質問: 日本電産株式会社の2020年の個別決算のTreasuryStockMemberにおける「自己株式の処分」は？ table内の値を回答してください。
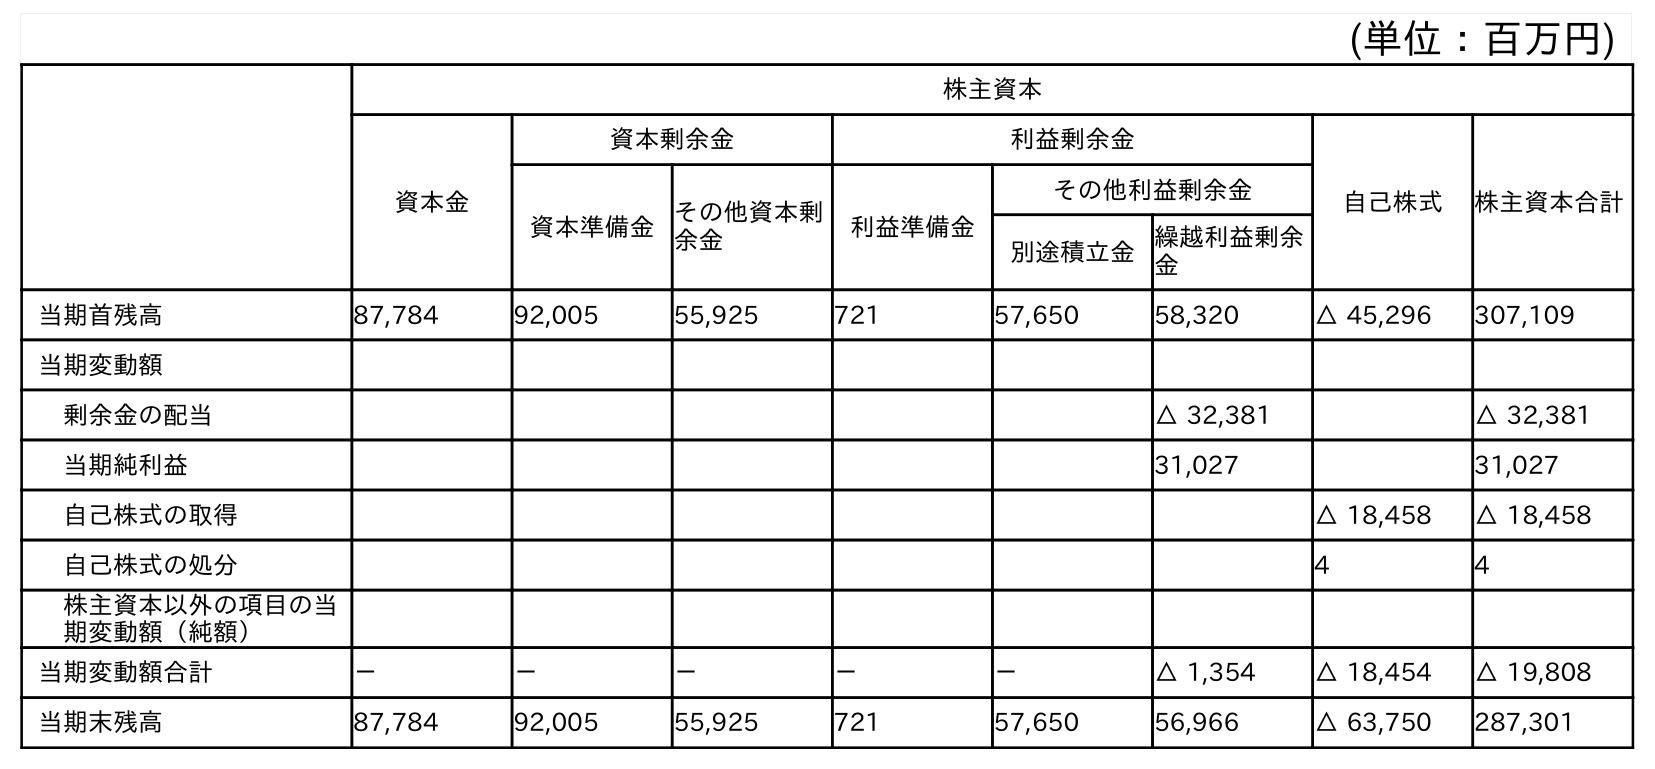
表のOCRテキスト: (単位：百万円) 株主資本 資本金 資本剰余金 利益剰余金 自己株式 株主資本合計 資本準備金その他資本剰 余金 利益準備金 その他利益剰余金 別途積立金繰越利益剰余 金 当期首残高 87,784 92,005 55,925 721 57,650 58,320 △ 45,296 307,109 当期変動額 剰余金の配当 △ 32,381 △ 32,381 当期純利益 31,027 31,027 自己株式の取得 △ 18,458 △ 18,458 自己株式の処分 4 4 株主資本以外の項目の当 期変動額（純額） 当期変動額合計 － － － － － △ 1,354 △ 18,454 △ 19,808 当期末残高 87,784 92,005 55,925 721 57,650 56,966 △ 63,750 287,301
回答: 4